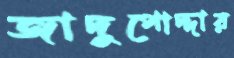
জাদুপোদ্দার